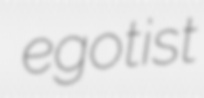
egotist